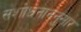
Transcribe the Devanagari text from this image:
संशोधनाननुसार